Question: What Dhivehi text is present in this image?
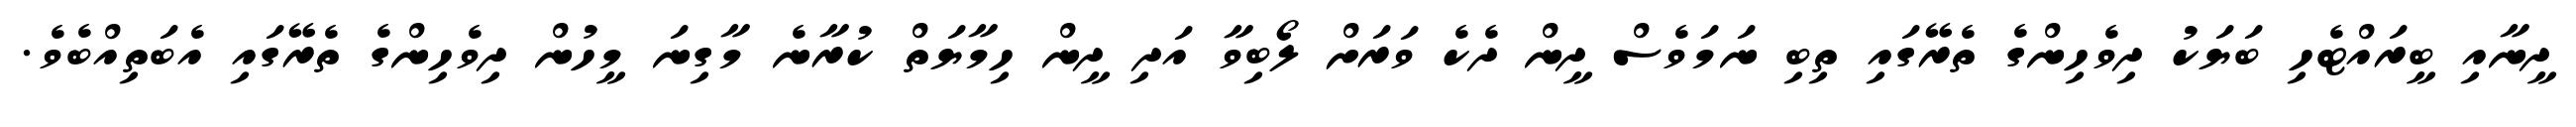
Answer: ދީނާއި ބީރައްޓެހި ބަޔަކު ދިވެހިންގެ ތެރޭގައި ތިބި ނަމަވެސް ދީން ދެކެ ވަރަށް ލޯބިވާ އަދި ދީން ހިމާޔަތް ކުރާނެ މާގިނަ މީހުން ދިވެހިންގެ ތެރޭގައި އެބަތިއްބެވެ.